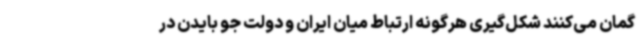
گمان می‌کنند شکل‌گیری هرگونه ارتباط میان ایران و دولت جو بایدن در